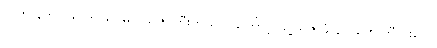
သူက နတ်ပြည် ၆-ထပ်မှာ ဩဇာကြီးတယ်၊ ဒါကြောင့် သူ့ဩဇာခံ နတ်တွေ ဘီလူးတွေ